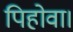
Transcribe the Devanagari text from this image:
पिहोवा।